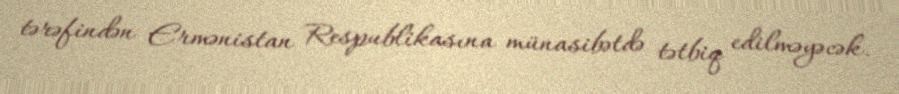
tərəfindən Ermənistan Respublikasına münasibətdə tətbiq edilməyəcək.